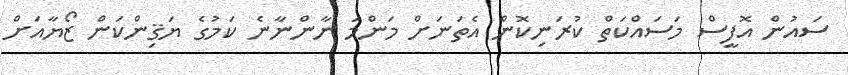
ސައުން އޮފީސް މަސައްކަތް ކުރަނިކޮން އެތަނަށް މަންމަ ނާންނާނެ ކަމުގެ ޔަޤިންކަން ޒޯޔާއަށް